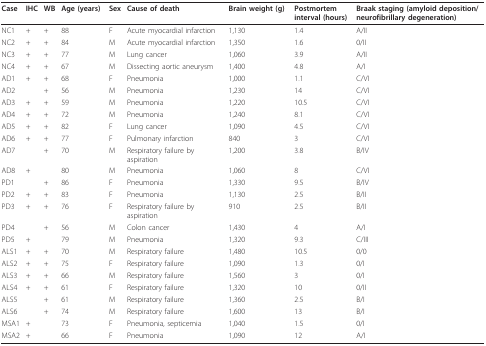
<table><thead><tr><td><b>Case</b></td><td><b>IHC</b></td><td><b>WB</b></td><td><b>Age (years)</b></td><td><b>Sex</b></td><td><b>Cause of death</b></td><td><b>Brain weight (g)</b></td><td><b>Postmortem interval (hours)</b></td><td><b>Braak staging (amyloid deposition/neurofibrillary degeneration)</b></td></tr></thead><tbody><tr><td>NC1</td><td>+</td><td>+</td><td>88</td><td>F</td><td>Acute myocardial infarction</td><td>1,130</td><td>1.4</td><td>A/II</td></tr><tr><td>NC2</td><td>+</td><td>+</td><td>84</td><td>M</td><td>Acute myocardial infarction</td><td>1,350</td><td>1.6</td><td>0/II</td></tr><tr><td>NC3</td><td>+</td><td>+</td><td>77</td><td>M</td><td>Lung cancer</td><td>1,060</td><td>3.9</td><td>A/II</td></tr><tr><td>NC4</td><td>+</td><td>+</td><td>67</td><td>M</td><td>Dissecting aortic aneurysm</td><td>1,400</td><td>4.8</td><td>A/I</td></tr><tr><td>AD1</td><td>+</td><td>+</td><td>68</td><td>F</td><td>Pneumonia</td><td>1,000</td><td>1.1</td><td>C/VI</td></tr><tr><td>AD2</td><td>[EMPTY_CELL]</td><td>+</td><td>56</td><td>M</td><td>Pneumonia</td><td>1,230</td><td>14</td><td>C/VI</td></tr><tr><td>AD3</td><td>+</td><td>+</td><td>59</td><td>M</td><td>Pneumonia</td><td>1,220</td><td>10.5</td><td>C/VI</td></tr><tr><td>AD4</td><td>+</td><td>+</td><td>72</td><td>M</td><td>Pneumonia</td><td>1,240</td><td>8.1</td><td>C/VI</td></tr><tr><td>AD5</td><td>+</td><td>+</td><td>82</td><td>F</td><td>Lung cancer</td><td>1,090</td><td>4.5</td><td>C/VI</td></tr><tr><td>AD6</td><td>+</td><td>+</td><td>77</td><td>F</td><td>Pulmonary infarction</td><td>840</td><td>3</td><td>C/VI</td></tr><tr><td>AD7</td><td>[EMPTY_CELL]</td><td>+</td><td>70</td><td>M</td><td>Respiratory failure by aspiration</td><td>1,200</td><td>3.8</td><td>B/IV</td></tr><tr><td>AD8</td><td>+</td><td>[EMPTY_CELL]</td><td>80</td><td>M</td><td>Pneumonia</td><td>1,060</td><td>8</td><td>C/VI</td></tr><tr><td>PD1</td><td>[EMPTY_CELL]</td><td>+</td><td>86</td><td>F</td><td>Pneumonia</td><td>1,330</td><td>9.5</td><td>B/IV</td></tr><tr><td>PD2</td><td>+</td><td>+</td><td>83</td><td>F</td><td>Pneumonia</td><td>1,130</td><td>2.5</td><td>B/II</td></tr><tr><td>PD3</td><td>+</td><td>+</td><td>76</td><td>F</td><td>Respiratory failure by aspiration</td><td>910</td><td>2.5</td><td>B/II</td></tr><tr><td>PD4</td><td>[EMPTY_CELL]</td><td>+</td><td>56</td><td>M</td><td>Colon cancer</td><td>1,430</td><td>4</td><td>A/I</td></tr><tr><td>PD5</td><td>+</td><td>[EMPTY_CELL]</td><td>79</td><td>M</td><td>Pneumonia</td><td>1,320</td><td>9.3</td><td>C/III</td></tr><tr><td>ALS1</td><td>+</td><td>+</td><td>70</td><td>M</td><td>Respiratory failure</td><td>1,480</td><td>10.5</td><td>0/0</td></tr><tr><td>ALS2</td><td>+</td><td>+</td><td>75</td><td>F</td><td>Respiratory failure</td><td>1,090</td><td>1.3</td><td>0/I</td></tr><tr><td>ALS3</td><td>+</td><td>+</td><td>66</td><td>M</td><td>Respiratory failure</td><td>1,560</td><td>3</td><td>0/I</td></tr><tr><td>ALS4</td><td>+</td><td>+</td><td>61</td><td>F</td><td>Respiratory failure</td><td>1,320</td><td>10</td><td>0/II</td></tr><tr><td>ALS5</td><td>[EMPTY_CELL]</td><td>+</td><td>61</td><td>M</td><td>Respiratory failure</td><td>1,360</td><td>2.5</td><td>B/I</td></tr><tr><td>ALS6</td><td>[EMPTY_CELL]</td><td>+</td><td>74</td><td>M</td><td>Respiratory failure</td><td>1,600</td><td>13</td><td>B/I</td></tr><tr><td>MSA1</td><td>+</td><td>[EMPTY_CELL]</td><td>73</td><td>F</td><td>Pneumonia, septicemia</td><td>1,040</td><td>1.5</td><td>0/I</td></tr><tr><td>MSA2</td><td>+</td><td>[EMPTY_CELL]</td><td>66</td><td>F</td><td>Pneumonia</td><td>1,090</td><td>12</td><td>A/I</td></tr></tbody></table>